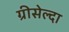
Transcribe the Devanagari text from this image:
ग्रीसेल्दा